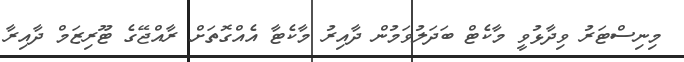
މިނިސްޓަރު ވިދާޅުވީ މާކެޓް ބަދަލުވަމުން ދާއިރު މާކެޓާ އެއްގޮތަށް ރާއްޖޭގެ ޓޫރިޒަމް ދާއިރާ